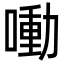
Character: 㗢